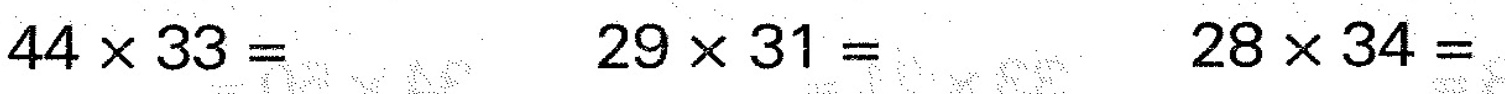
$$4 4 \times 33 =$$ $$2 9 \times 3 1 =$$ $$2 8 \times 3 4 =$$